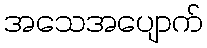
အသေအပျောက်